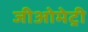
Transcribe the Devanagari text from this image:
जीओमेट्री